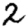
Digit: 2